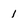
Character: 1